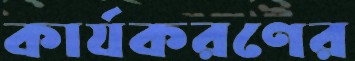
কার্যকরণের